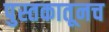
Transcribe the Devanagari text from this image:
पुस्तकातूनच